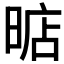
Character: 𣈘